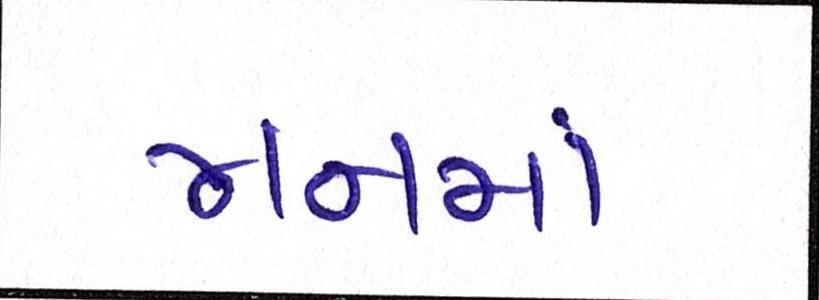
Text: મનમાં